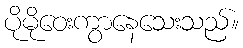
ပိုမိုဝေးကွာနေသေးသည်။